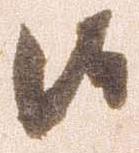
候